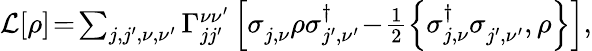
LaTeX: \begin{array}{r}{\mathcal L[\rho]\! =\! \sum_{j,j^{\prime},\nu,\nu^{\prime}}\Gamma_{jj^{\prime}}^{\nu\nu^{\prime}}\left[\sigma_{j,\nu}^{\phantom{\dagger}}\rho\sigma_{j^{\prime},\nu^{\prime}}^{\dagger}\! -\! \frac{1}{2}\left\{ \sigma_{j,\nu}^{\dagger}\sigma_{j^{\prime},\nu^{\prime}}^{\phantom{\dagger}},\rho\right\} \right],}\end{array}